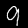
Label: 9